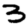
Digit: 3